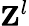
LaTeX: {\mathbf Z}^{l}